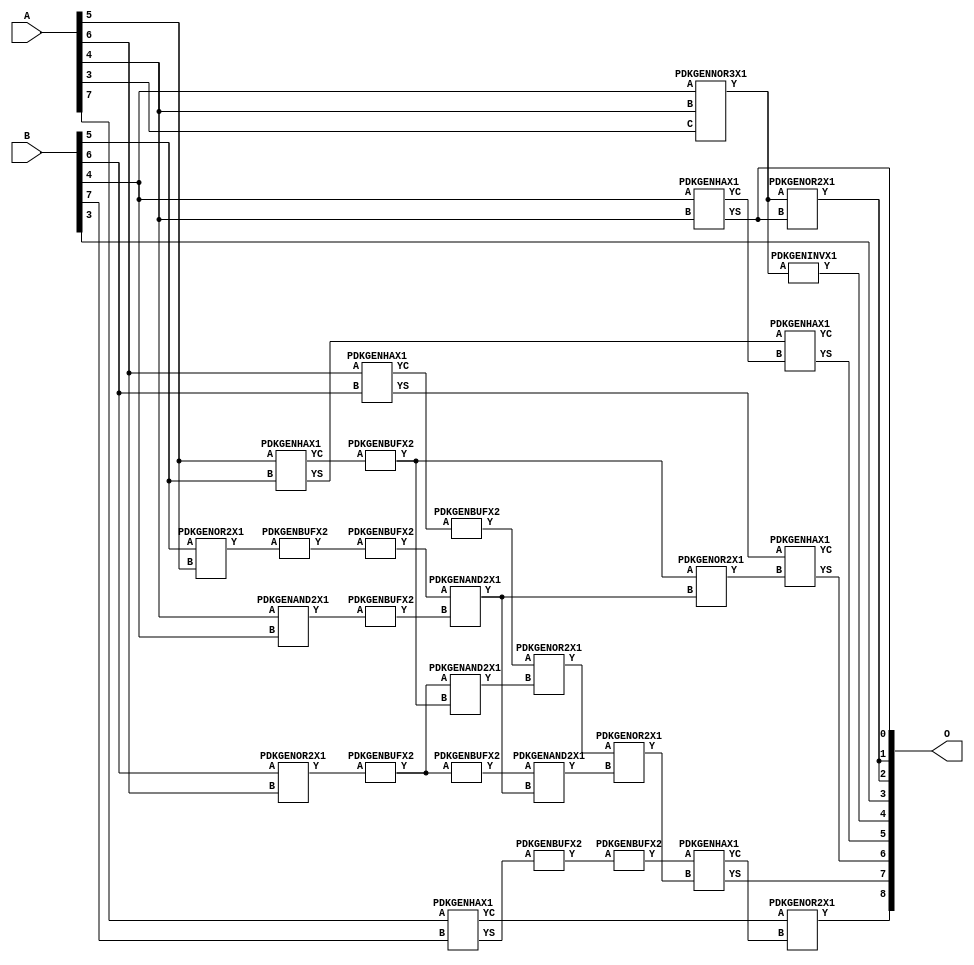
// Library = EvoApprox8b
// Circuit = add8_094
// Area   (180) = 1208
// Delay  (180) = 0.830
// Power  (180) = 345.20
// Area   (45) = 84
// Delay  (45) = 0.360
// Power  (45) = 27.51
// Nodes = 29
// HD = 188032
// MAE = 4.81250
// MSE = 37.00000
// MRE = 2.54 %
// WCE = 16
// WCRE = 600 %
// EP = 92.8 %

module add8_094(A, B, O);
  input [7:0] A;
  input [7:0] B;
  output [8:0] O;
  wire [2031:0] N;

  assign N[0] = A[0];
  assign N[1] = A[0];
  assign N[2] = A[1];
  assign N[3] = A[1];
  assign N[4] = A[2];
  assign N[5] = A[2];
  assign N[6] = A[3];
  assign N[7] = A[3];
  assign N[8] = A[4];
  assign N[9] = A[4];
  assign N[10] = A[5];
  assign N[11] = A[5];
  assign N[12] = A[6];
  assign N[13] = A[6];
  assign N[14] = A[7];
  assign N[15] = A[7];
  assign N[16] = B[0];
  assign N[17] = B[0];
  assign N[18] = B[1];
  assign N[19] = B[1];
  assign N[20] = B[2];
  assign N[21] = B[2];
  assign N[22] = B[3];
  assign N[23] = B[3];
  assign N[24] = B[4];
  assign N[25] = B[4];
  assign N[26] = B[5];
  assign N[27] = B[5];
  assign N[28] = B[6];
  assign N[29] = B[6];
  assign N[30] = B[7];
  assign N[31] = B[7];

  PDKGENOR2X1 n44(.A(N[28]), .B(N[12]), .Y(N[44]));
  PDKGENNOR3X1 n48(.A(N[24]), .B(N[8]), .C(N[6]), .Y(N[48]));
  assign N[49] = N[48];
  PDKGENAND2X1 n68(.A(N[8]), .B(N[24]), .Y(N[68]));
  PDKGENHAX1 n72(.A(N[24]), .B(N[8]), .YS(N[72]), .YC(N[73]));
  PDKGENHAX1 n78(.A(N[10]), .B(N[26]), .YS(N[78]), .YC(N[79]));
  PDKGENBUFX2 n80(.A(N[79]), .Y(N[80]));
  assign N[81] = N[80];
  PDKGENHAX1 n86(.A(N[12]), .B(N[28]), .YS(N[86]), .YC(N[87]));
  PDKGENHAX1 n96(.A(N[14]), .B(N[30]), .YS(N[96]), .YC(N[97]));
  PDKGENBUFX2 n128(.A(N[44]), .Y(N[128]));
  PDKGENOR2X1 n134(.A(N[26]), .B(N[10]), .Y(N[134]));
  assign N[135] = N[134];
  PDKGENBUFX2 n136(.A(N[135]), .Y(N[136]));
  PDKGENBUFX2 n142(.A(N[87]), .Y(N[142]));
  assign N[143] = N[142];
  PDKGENBUFX2 n152(.A(N[68]), .Y(N[152]));
  PDKGENAND2X1 n162(.A(N[128]), .B(N[81]), .Y(N[162]));
  PDKGENBUFX2 n164(.A(N[96]), .Y(N[164]));
  assign N[165] = N[164];
  PDKGENBUFX2 n170(.A(N[128]), .Y(N[170]));
  PDKGENINVX1 n176(.A(N[49]), .Y(N[176]));
  assign N[177] = N[176];
  PDKGENOR2X1 n180(.A(N[143]), .B(N[162]), .Y(N[180]));
  PDKGENBUFX2 n206(.A(N[136]), .Y(N[206]));
  assign N[207] = N[206];
  PDKGENAND2X1 n226(.A(N[207]), .B(N[152]), .Y(N[226]));
  PDKGENOR2X1 n244(.A(N[80]), .B(N[226]), .Y(N[244]));
  assign N[245] = N[244];
  PDKGENAND2X1 n254(.A(N[170]), .B(N[226]), .Y(N[254]));
  PDKGENOR2X1 n272(.A(N[180]), .B(N[254]), .Y(N[272]));
  assign N[273] = N[272];
  PDKGENOR2X1 n344(.A(N[48]), .B(N[72]), .Y(N[344]));
  assign N[345] = N[344];
  PDKGENBUFX2 n376(.A(N[165]), .Y(N[376]));
  assign N[377] = N[376];
  PDKGENHAX1 n394(.A(N[78]), .B(N[73]), .YS(N[394]), .YC(N[395]));
  PDKGENHAX1 n404(.A(N[86]), .B(N[245]), .YS(N[404]), .YC(N[405]));
  PDKGENHAX1 n412(.A(N[377]), .B(N[273]), .YS(N[412]), .YC(N[413]));
  PDKGENOR2X1 n422(.A(N[97]), .B(N[413]), .Y(N[422]));

  assign O[0] = N[72];
  assign O[1] = N[345];
  assign O[2] = N[344];
  assign O[3] = N[22];
  assign O[4] = N[177];
  assign O[5] = N[394];
  assign O[6] = N[404];
  assign O[7] = N[412];
  assign O[8] = N[422];

endmodule
/* mod */
module PDKGENHAX1( input A, input B, output YS, output YC );
    assign YS = A ^ B;
    assign YC = A & B;
endmodule
/* mod */
module PDKGENOR2X1(input A, input B, output Y );
     assign Y = A | B;
endmodule
/* mod */
module PDKGENAND2X1(input A, input B, output Y );
     assign Y = A & B;
endmodule
/* mod */
module PDKGENINVX1(input A, output Y );
     assign Y = ~A;
endmodule
/* mod */
module PDKGENNOR3X1(input A, input B, input C, output Y );
     assign Y = ~((A | B) | C);
endmodule
/* mod */
module PDKGENBUFX2(input A, output Y );
     assign Y = A;
endmodule